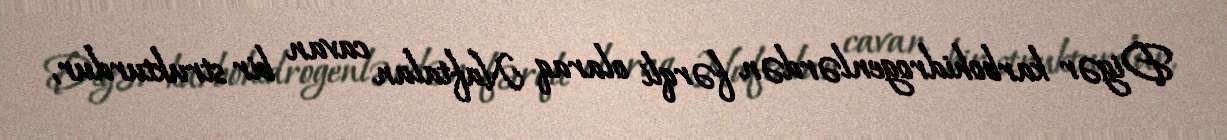
Digər karbohidrogenlərdən fərqli olaraq Naftalan cavan bir strukturdur,